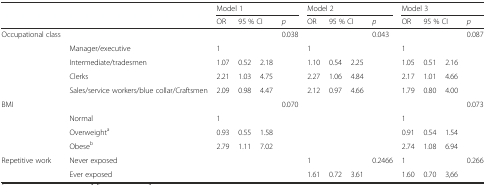
<table><thead><tr><td></td><td></td><td colspan="4"><b>Model 1</b></td><td colspan="4"><b>Model 2</b></td><td colspan="4"><b>Model 3</b></td></tr><tr><td></td><td></td><td><b>OR</b></td><td colspan="2"><b>95 % CI</b></td><td><b><i>p</i></b></td><td><b>OR</b></td><td colspan="2"><b>95 % CI</b></td><td><b><i>p</i></b></td><td><b>OR</b></td><td colspan="2"><b>95 % CI</b></td><td><b><i>p</i></b></td></tr></thead><tbody><tr><td>Occupational class</td><td></td><td></td><td></td><td></td><td>0.038</td><td></td><td></td><td></td><td>0.043</td><td></td><td></td><td></td><td>0.087</td></tr><tr><td></td><td>Manager/executive</td><td>1</td><td></td><td></td><td></td><td>1</td><td></td><td></td><td></td><td>1</td><td></td><td></td><td></td></tr><tr><td></td><td>Intermediate/tradesmen</td><td>1.07</td><td>0.52</td><td>2.18</td><td></td><td>1.10</td><td>0.54</td><td>2.25</td><td></td><td>1.05</td><td>0.51</td><td>2.16</td><td></td></tr><tr><td></td><td>Clerks</td><td>2.21</td><td>1.03</td><td>4.75</td><td></td><td>2.27</td><td>1.06</td><td>4.84</td><td></td><td>2.17</td><td>1.01</td><td>4.66</td><td></td></tr><tr><td></td><td>Sales/service workers/blue collar/Craftsmen</td><td>2.09</td><td>0.98</td><td>4.47</td><td></td><td>2.12</td><td>0.97</td><td>4.66</td><td></td><td>1.79</td><td>0.80</td><td>4.00</td><td></td></tr><tr><td>BMI</td><td></td><td></td><td></td><td></td><td>0.070</td><td></td><td></td><td></td><td></td><td></td><td></td><td></td><td>0.073</td></tr><tr><td></td><td>Normal</td><td>1</td><td></td><td></td><td></td><td></td><td></td><td></td><td></td><td>1</td><td></td><td></td><td></td></tr><tr><td></td><td>Overweight<sup>a</sup></td><td>0.93</td><td>0.55</td><td>1.58</td><td></td><td></td><td></td><td></td><td></td><td>0.91</td><td>0.54</td><td>1.54</td><td></td></tr><tr><td></td><td>Obese<sup>b</sup></td><td>2.79</td><td>1.11</td><td>7.02</td><td></td><td></td><td></td><td></td><td></td><td>2.74</td><td>1.08</td><td>6.94</td><td></td></tr><tr><td rowspan="2">Repetitive work</td><td>Never exposed</td><td></td><td></td><td></td><td></td><td>1</td><td></td><td></td><td>0.2466</td><td>1</td><td></td><td></td><td>0.266</td></tr><tr><td>Ever exposed</td><td></td><td></td><td></td><td></td><td>1.61</td><td>0.72</td><td>3.61</td><td></td><td>1.60</td><td>0.70</td><td>3,66</td><td></td></tr></tbody></table>